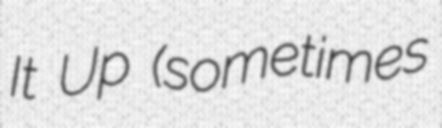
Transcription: It Up (sometimes